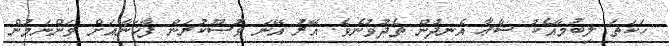
ހަކަތަ ލިބުމާއެކު ޝާޢާ އެނދުން ތެދުވުނެވެ. އޭރު އޭނަ ވުޟޫކުރަން ފާޚަނާއަށް ވަންނަމުން